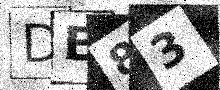
Text: DE83